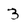
Character: 3